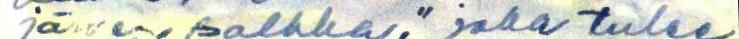
järven polkka," joka tulee